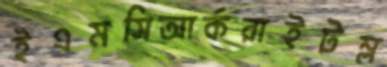
ইএমসিআর্করাইটম্ল